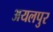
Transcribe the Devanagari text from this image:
अयलपुर